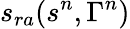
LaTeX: s_{ra}(s^{n},\Gamma^{n})